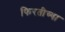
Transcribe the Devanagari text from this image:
फिरतीच्या